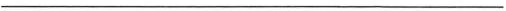
___